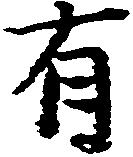
有